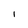
Character: l